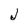
Character: j